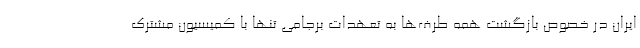
ایران در خصوص بازگشت همه طرف‌ها به تعهدات برجامی تنها با کمیسیون مشترک